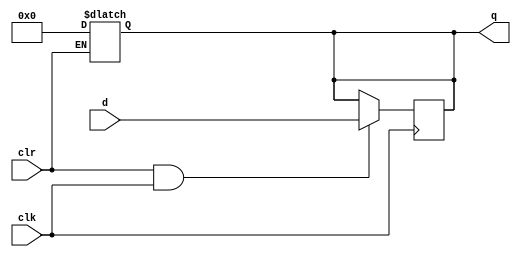
module sn74ls273(q, d, clk, clr);
input [7:0] d;
input clk, clr;
reg [7:0] ff;
output [7:0] q;

parameter
	// TI TTL data book Vol 1, 1985
	tPLH_min=0, tPLH_typ=17, tPLH_max=27,
	tPHL_min=0, tPHL_typ=18, tPHL_max=27;

initial
begin
	ff <= 8'bxxxxxxxx;
end

always @(clr)
begin
	if (clr==0)
		ff <= 8'b00000000;
end

always @(posedge clk)
begin
	if (clr==1 && clk==1)
		ff <= d;
end

assign #(tPLH_min:tPLH_typ:tPLH_max, tPHL_min:tPHL_typ:tPHL_max)
	q = ff;
endmodule